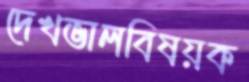
দেখভালবিষয়ক